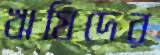
ঋষিদের